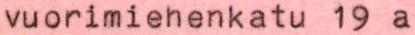
vuorimiehenkatu 19 a